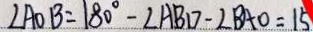
\angle A O B = 1 8 0 ^ { \circ } - \angle A B D - \angle B A O = 1 5